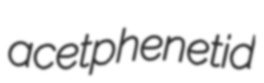
acetphenetid